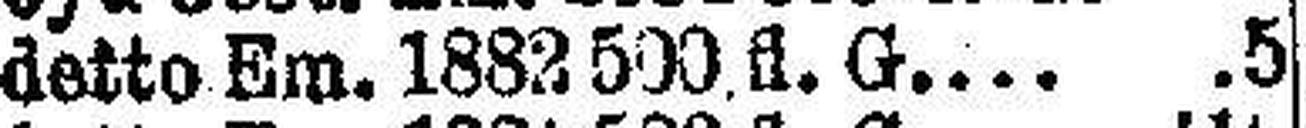
detto Em. 1882 500 fl. G. 5